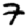
Digit: 7